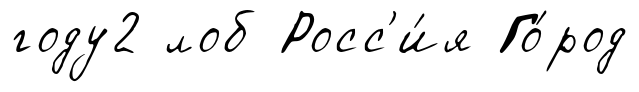
году2 лоб Росс'и́я Го́род